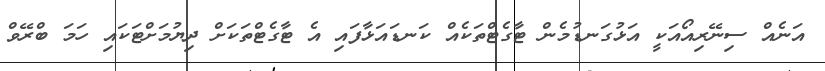
އަނެއް ސިނޭރިއޯއަކީ އަޅުގަނޑުމެން ޓާގެޓްތަކެއް ކަނޑައަޅާފައި އެ ޓާގެޓްތަކަށް ދިޔުމަށްޓަކައި ހަމަ ބްރޭވް